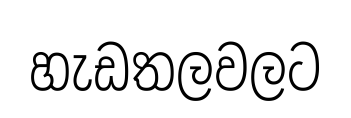
හැඩතලවලට